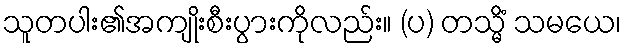
သူတပါး၏အကျိုးစီးပွားကိုလည်း။ (ပ) တသ္မိံ သမယေ၊